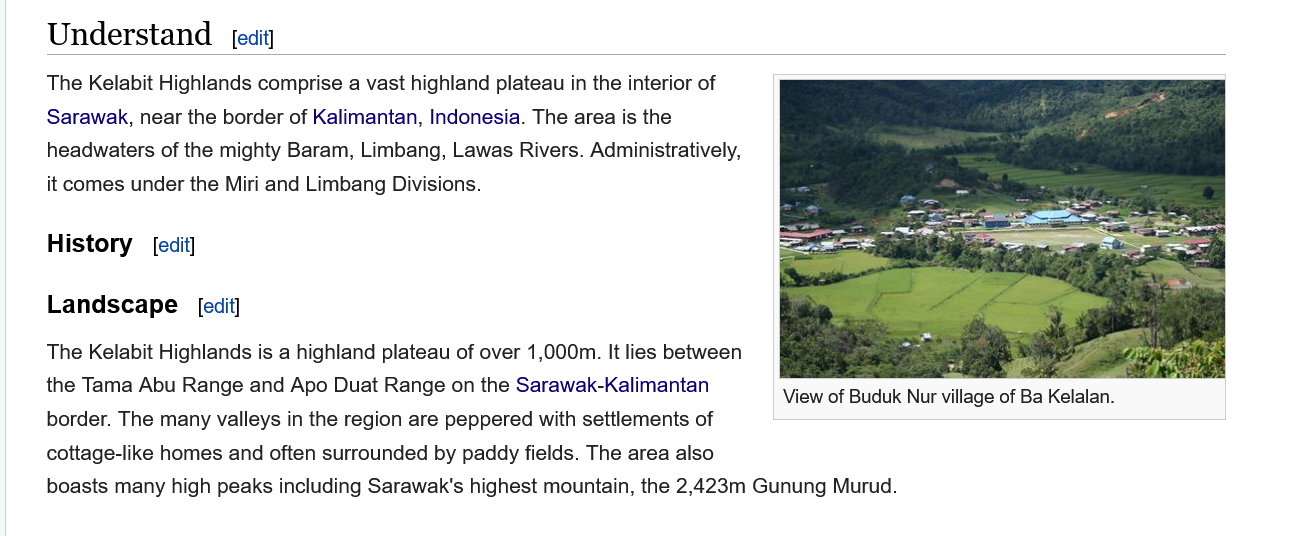
Understand    edit]
     The Kelabit Highlands comprise a vast highland plateau in the interior of
     Sarawak, near the border of Kalimantan, Indonesia. The area is the
     headwaters of the mighty Baram, Limbang, Lawas Rivers. Administratively,
     it comes under the Miri and Limbang Divisions.
     View of Buduk Nur village of Ba Kelalan.
     History  [edit]
     Landscape
     The Kelabit Highlands is a highland plateau of over 1,000m. It lies betwee
     the Tama Abu Range and Apo Duat Range on the Sarawak-Kalimantan
     border. The many valleys in the region are peppered with settlements of
     cottage-like homes and often surrounded by paddy fields. The area also
     boasts many high peaks including Sarawak's highest mountain, the 2,423m Gunung Murud.